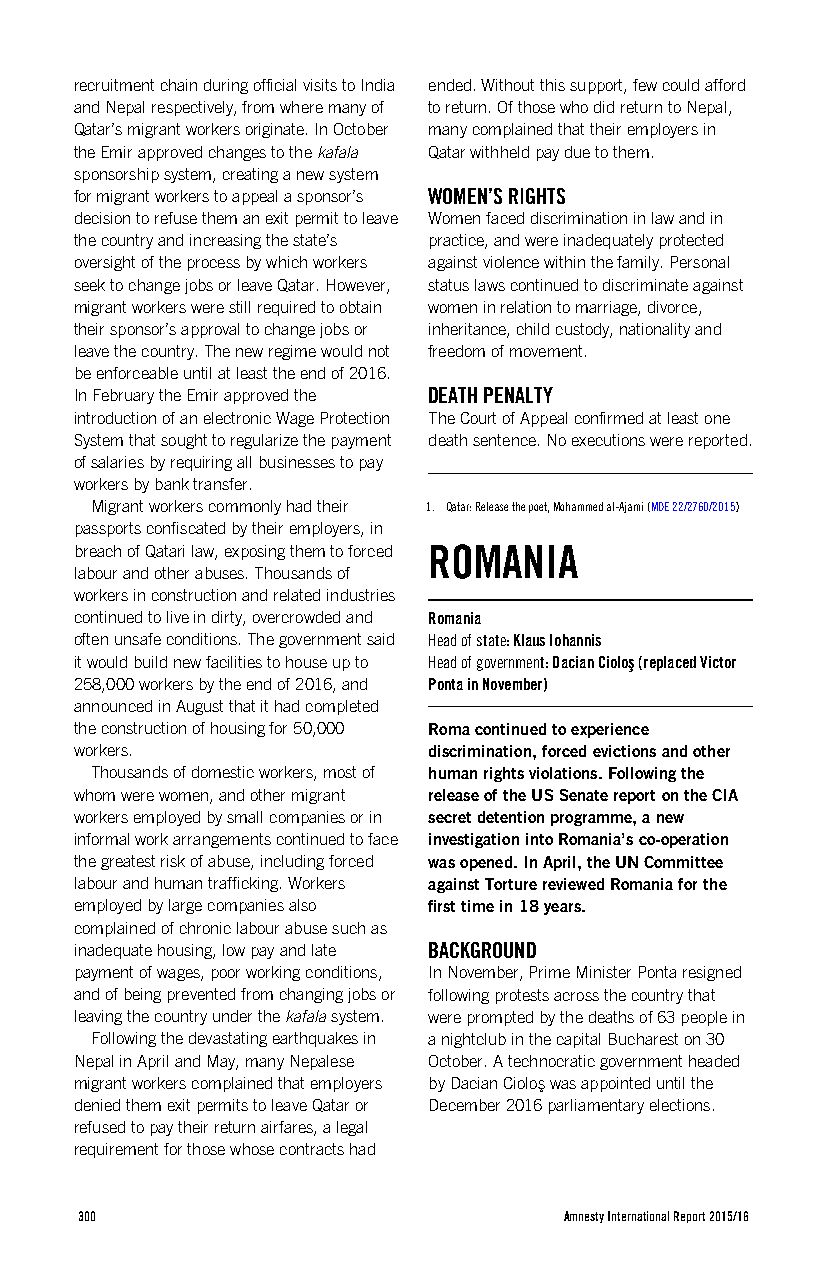
recruitment chain during official visits to India ended. Without this support, few could afford
 and Nepal respectively, from where many of to return. Of those who did return to Nepal,
 Qatar’s migrant workers originate. In October many complained that their employers in
 the Emir approved changes to the kafala Qatar withheld pay due to them.
 sponsorship system, creating a new system
 for migrant workers to appeal a sponsor’s WOMEN’S RIGHTS
 decision to refuse them an exit permit to leave Women faced discrimination in law and in
 the country and increasing the state’s practice, and were inadequately protected
 oversight of the process by which workers against violence within the family. Personal
 seek to change jobs or leave Qatar. However, status laws continued to discriminate against
 migrant workers were still required to obtain women in relation to marriage, divorce,
 their sponsor’s approval to change jobs or inheritance, child custody, nationality and
 leave the country. The new regime would not freedom of movement.
 be enforceable until at least the end of 2016.
 In February the Emir approved the DEATH PENALTY
 introduction of an electronic Wage Protection The Court of Appeal confirmed at least one
 System that sought to regularize the payment death sentence. No executions were reported.
 of salaries by requiring all businesses to pay
 workers by bank transfer.
 Migrant workers commonly had their 1. Qatar: Release the poet, Mohammed al-Ajami (MDE 22/2760/2015)
 passports confiscated by their employers, in
 breach of Qatari law, exposing them to forced ROMANIA
 labour and other abuses. Thousands of
 workers in construction and related industries
 continued to live in dirty, overcrowded and Romania
 often unsafe conditions. The government said Head of state: Klaus Iohannis
 it would build new facilities to house up to Head of government: Dacian Cioloş (replaced Victor
 258,000 workers by the end of 2016, and Ponta in November)
 announced in August that it had completed
 the construction of housing for 50,000 Roma continued to experience
 workers.               discrimination, forced evictions and other
 Thousands of domestic workers, most of human rights violations. Following the
 whom were women, and other migrant release of the US Senate report on the CIA
 workers employed by small companies or in secret detention programme, a new
 informal work arrangements continued to face investigation into Romania’s co-operation
 the greatest risk of abuse, including forced was opened. In April, the UN Committee
 labour and human trafficking. Workers against Torture reviewed Romania for the
 employed by large companies also first time in 18 years.
 complained of chronic labour abuse such as
 inadequate housing, low pay and late BACKGROUND
 payment of wages, poor working conditions, In November, Prime Minister Ponta resigned
 and of being prevented from changing jobs or following protests across the country that
 leaving the country under the kafala system. were prompted by the deaths of 63 people in
 Following the devastating earthquakes in a nightclub in the capital Bucharest on 30
 Nepal in April and May, many Nepalese October. A technocratic government headed
 migrant workers complained that employers by Dacian Cioloş was appointed until the
 denied them exit permits to leave Qatar or December 2016 parliamentary elections.
 refused to pay their return airfares, a legal
 requirement for those whose contracts had
 300                             Amnesty International Report 2015/16